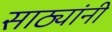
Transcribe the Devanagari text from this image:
साठ्यांनी